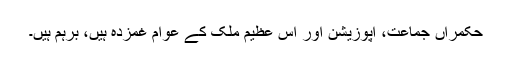
حکمراں جماعت، اپوزیشن اور اِس عظیم ملک کے عوام غمزدہ ہیں، برہم ہیں۔